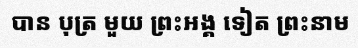
បាន បុត្រ មួយ ព្រះអង្គ ទៀត ព្រះនាម